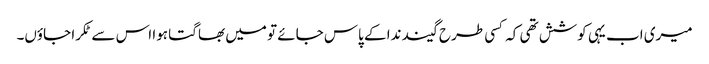
میری اب یہی کوشش تھی کہ کسی طرح گیند ندا کے پاس جائے تو میں بھاگتا ہوا اس سے ٹکرا جاؤں۔